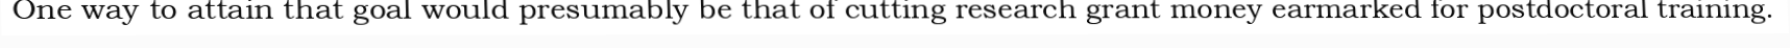
One way to attain that goal would presumably be that of cutting research grant money earmarked for postdoctoral training.